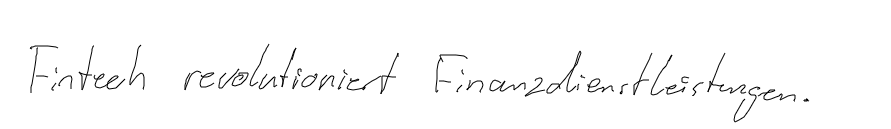
Fintech revolutioniert Finanzdienstleistungen.